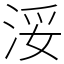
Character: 浽